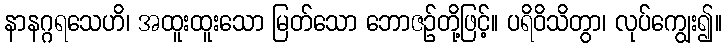
နာနဂ္ဂရသေဟိ၊ အထူးထူးသော မြတ်သော ဘောဇဉ်တို့ဖြင့်။ ပရိဝိသိတွာ၊ လုပ်ကျွေး၍။